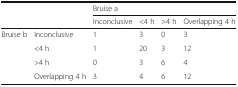
<table><thead><tr><td rowspan="2" colspan="2"></td><td colspan="4"><b>Bruise a</b></td></tr><tr><td><b>Inconclusive</b></td><td><b>&lt;4 h</b></td><td><b>&gt;4 h</b></td><td><b>Overlapping 4 h</b></td></tr></thead><tbody><tr><td rowspan="4">Bruise b</td><td>Inconclusive</td><td>1</td><td>3</td><td>0</td><td>3</td></tr><tr><td>&lt;4 h</td><td>1</td><td>20</td><td>3</td><td>12</td></tr><tr><td>&gt;4 h</td><td>0</td><td>3</td><td>6</td><td>4</td></tr><tr><td>Overlapping 4 h</td><td>3</td><td>4</td><td>6</td><td>12</td></tr></tbody></table>